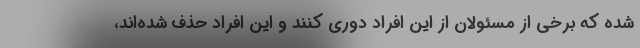
شده که برخی از مسئولان از این افراد دوری کنند و این افراد حذف شده‌اند،